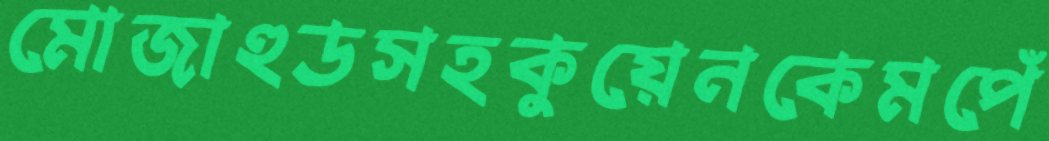
মোজাহুডসহকুয়েনকেমপেঁ